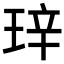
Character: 𬍧